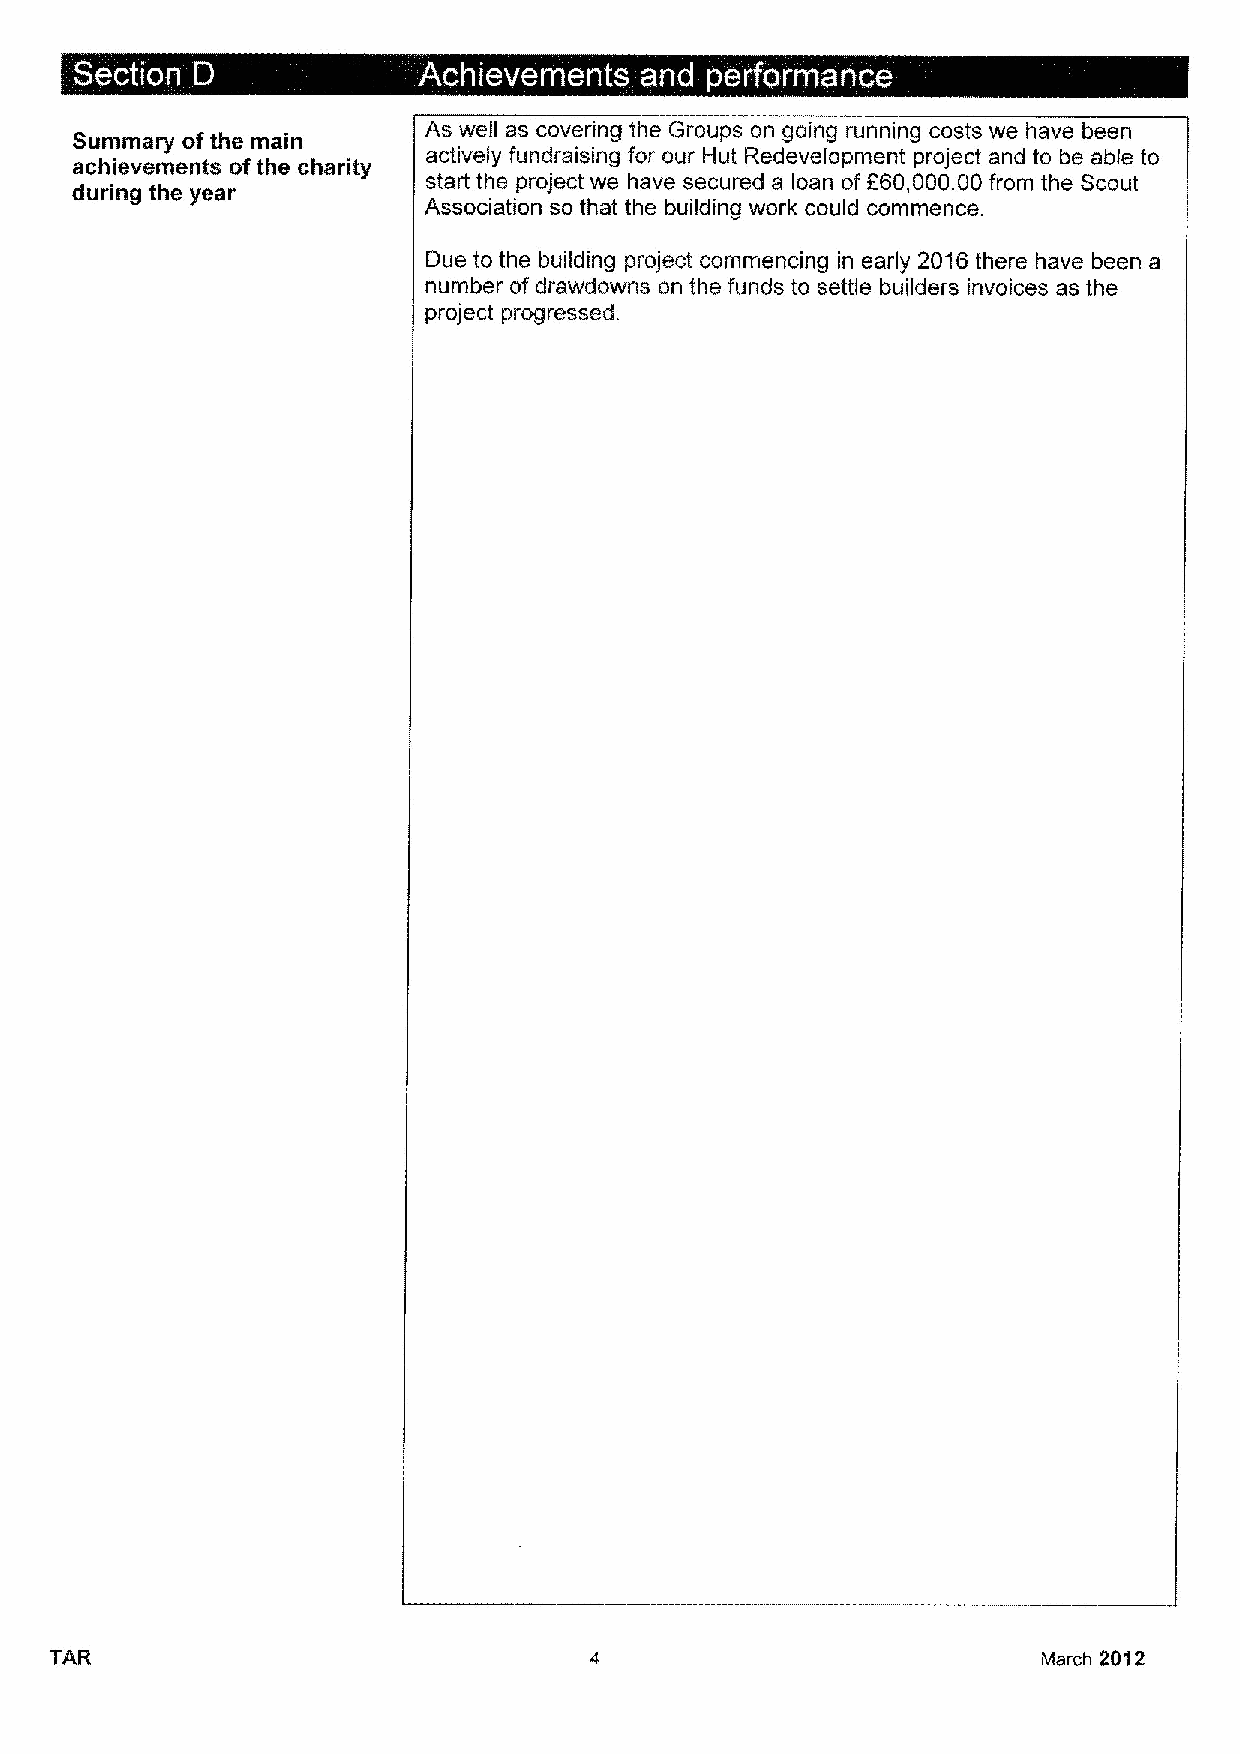
a                s ~   e
 Summary ofthe main     As well as covering the Groups on going running costs we have been
 actively fundraising for our Hut Redevelopment project and to be able to
 achievements ofthe charity
 start the project we have secured a loan of F60,000.00from the Scout
 during the year
 Association so that the building work could commence.
 Oue to the building project commencing in early 2016there have been a
 number of drawdowns on the funds to settle builders invoices as the
 project progressed.
 TAB                                                               March 2Q12